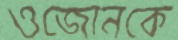
ওজোনকে